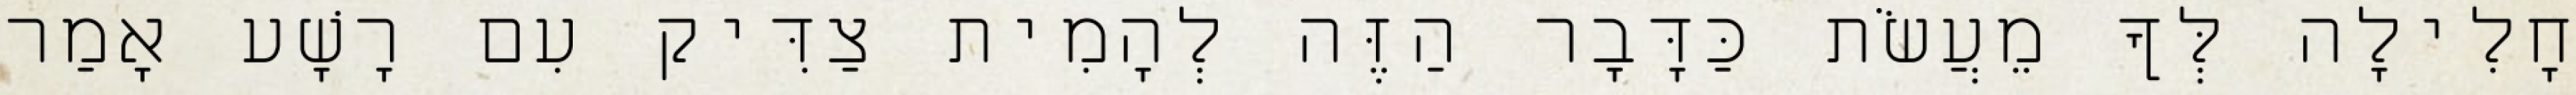
חָלִילָה לְּךָ מֵעֲשֹׂת כַּדָּבָר הַזֶּה לְהָמִית צַדִּיק עִם רָשָׁע אָמַר